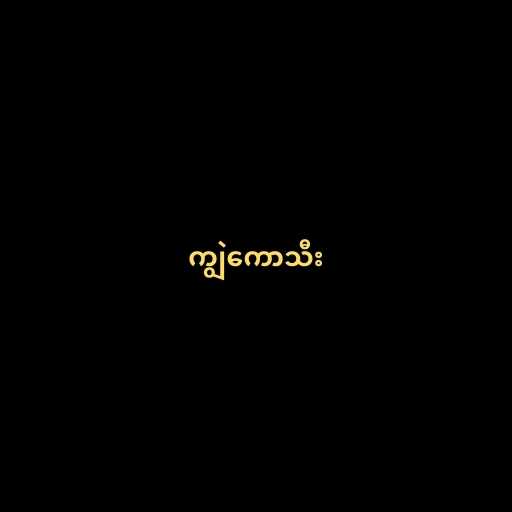
ကျွဲကောသီး